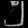
Digit: ၅